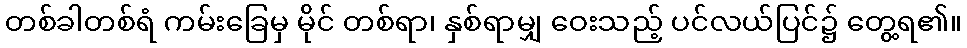
တစ်ခါတစ်ရံ ကမ်းခြေမှ မိုင် တစ်ရာ၊ နှစ်ရာမျှ ဝေးသည့် ပင်လယ်ပြင်၌ တွေ့ရ၏။